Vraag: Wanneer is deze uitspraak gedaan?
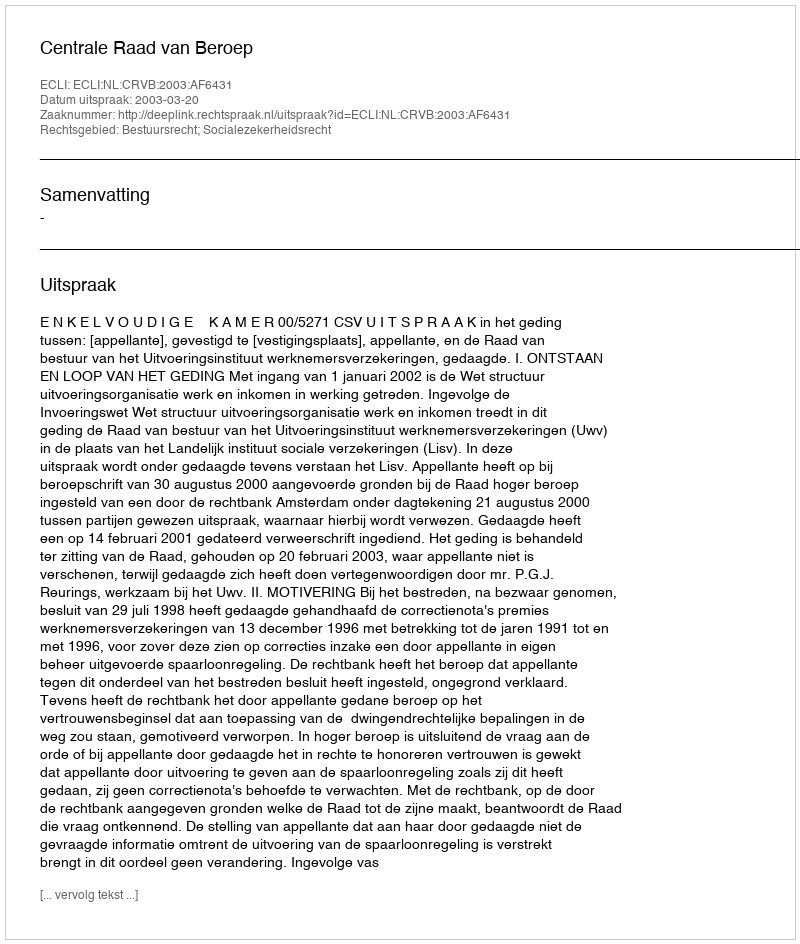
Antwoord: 2003-03-20